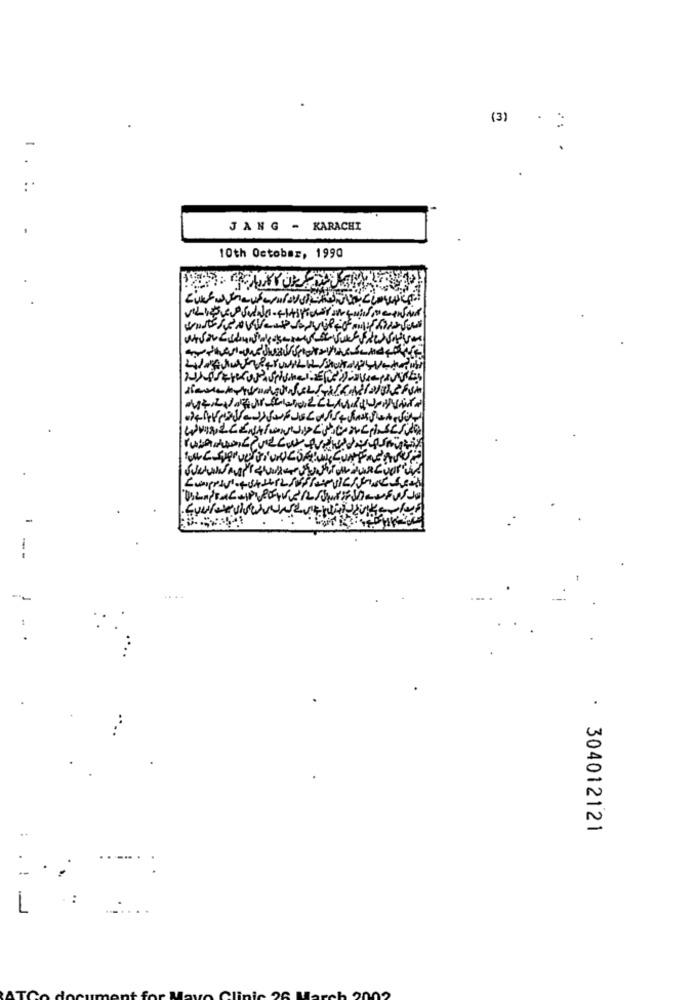
(3)
JANG - KARACHI
-
10th October, 1990
304012121
. !
:
L